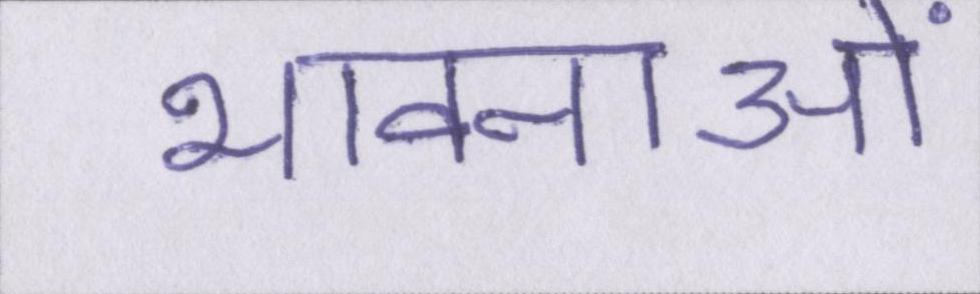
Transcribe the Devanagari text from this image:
भावनाओं